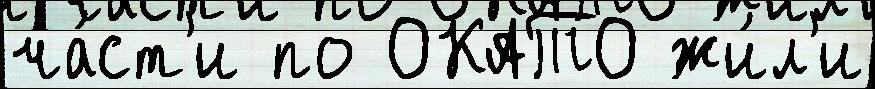
ча́ст'и по ОКАТО жи́л'и